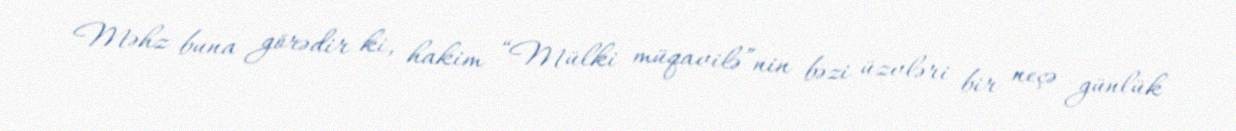
Məhz buna görədir ki, hakim “Mülki müqavilə”nin bəzi üzvləri bir neçə günlük